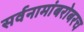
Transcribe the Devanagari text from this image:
सर्वनामांबरोबरच